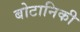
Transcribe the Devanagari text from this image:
बोटानिकी